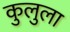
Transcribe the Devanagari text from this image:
कुलुला